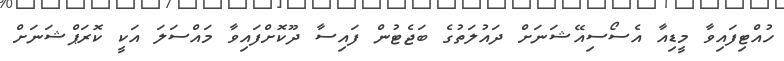
ހުއްޓިފައިވާ މީޑިއާ އެސޯސިއޭޝަނަށް ދައުލަތުގެ ބަޖެޓުން ފައިސާ ދޫކޮށްފައިވާ މައްސަލަ އަކީ ކޮރަޕްޝަނަށް